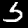
Digit: 5